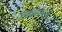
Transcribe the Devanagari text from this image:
वेंकटेशपरभू